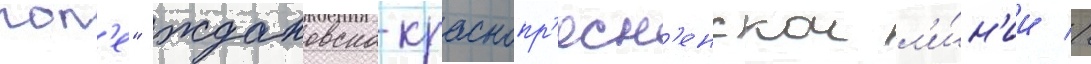
пол'е" ждановско-краснопр'есн'енскои л'и́н'ии //